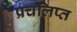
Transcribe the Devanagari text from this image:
प्रचलिप्त